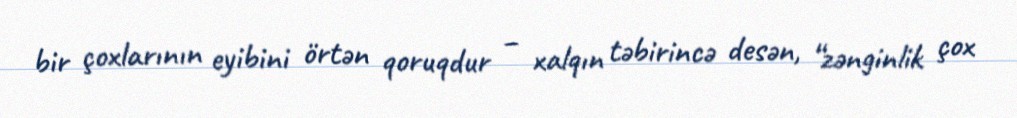
bir çoxlarının eyibini örtən qoruqdur – xalqın təbirincə desən, “zənginlik çox